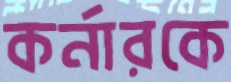
কর্নারকে